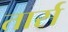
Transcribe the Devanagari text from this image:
तार्स